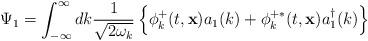
LaTeX: \begin{align*}\Psi_1=\int_{-\infty}^{\infty}dk \frac{1}{\sqrt{2\omega_k}}\left\{\phi_k^+(t,{\bf x})a_1(k)+\phi_k^{+ \ast}(t,{\bf x})a_1^\dagger(k)\right\}\end{align*}